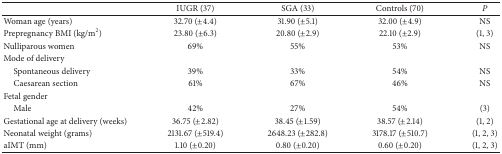
<table><thead><tr><td><b> </b></td><td><b>IUGR (37)</b></td><td><b>SGA (33)</b></td><td><b>Controls (70)</b></td><td><b><i>P</i></b></td></tr></thead><tbody><tr><td>Woman age (years)</td><td>32.70 (±4.4)</td><td>31.90 (±5.1)</td><td>32.00 (±4.9)</td><td>NS</td></tr><tr><td>Prepregnancy BMI (kg/m<sup>2</sup>)</td><td>23.80 (±6.3)</td><td>20.80 (±2.9)</td><td>22.10 (±2.9)</td><td>(1, 3)</td></tr><tr><td>Nulliparous women</td><td>69%</td><td>55%</td><td>53%</td><td>NS</td></tr><tr><td>Mode of delivery</td><td> </td><td> </td><td> </td><td> </td></tr><tr><td> Spontaneous delivery</td><td>39%</td><td>33%</td><td>54%</td><td>NS</td></tr><tr><td> Caesarean section</td><td>61%</td><td>67%</td><td>46%</td><td>NS</td></tr><tr><td>Fetal gender</td><td> </td><td> </td><td> </td><td> </td></tr><tr><td> Male</td><td>42%</td><td>27%</td><td>54%</td><td>(3)</td></tr><tr><td>Gestational age at delivery (weeks)</td><td>36.75 (±2.82)</td><td>38.45 (±1.59)</td><td>38.57 (±2.14)</td><td>(1, 2)</td></tr><tr><td>Neonatal weight (grams)</td><td>2131.67 (±519.4)</td><td>2648.23 (±282.8)</td><td>3178.17 (±510.7)</td><td>(1, 2, 3)</td></tr><tr><td>aIMT (mm)</td><td>1.10 (±0.20)</td><td>0.80 (±0.20)</td><td>0.60 (±0.20)</td><td>(1, 2, 3)</td></tr></tbody></table>